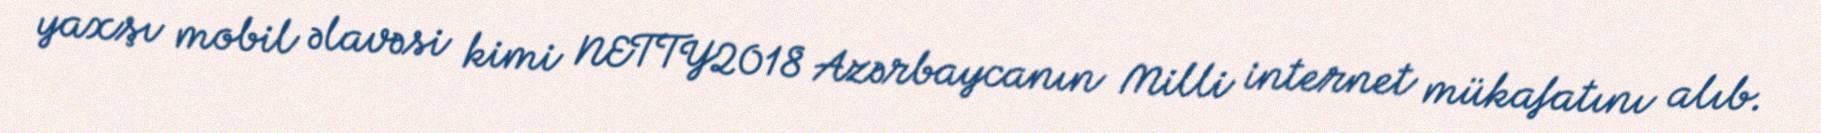
yaxşı mobil əlavəsi kimi NETTY2018 Azərbaycanın Milli internet mükafatını alıb.